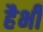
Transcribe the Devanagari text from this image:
हैभी